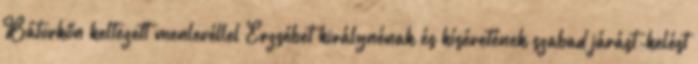
Bátorkőn keltezett menlevéllel Erzsébet királynénak és kíséretének szabad járást-kelést